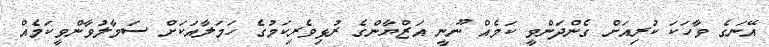
އޭނަގެ ވާހަކަ ކުރިއަށް ގެންދަންވީ ކަމެއް ނޫނީ އަޒްޔާންގެ ރުޅިވެރިކަމުގެ ހަމަލާއަކަށް ސަމާލުވާންވީކަމެއް